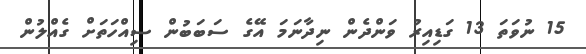
15 ނުވަތަ 13 ގަޑިއިރު ވަންދެން ނިދާނަމަ އޭގެ ސަބަބުން ސިއްހަތަށް ގެއްލުން